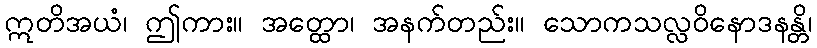
ဣတိအယံ၊ ဤကား။ အတ္ထော၊ အနက်တည်း။ သောကသလ္လဝိနောဒနန္တိ၊